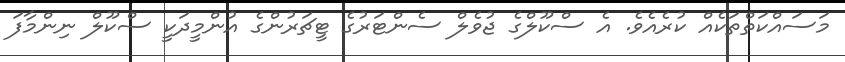
މަސައްކަތްތަކެއް ކުރެއެވެ. އެ ސްކޫލްގެ ޖުވެލް ސެންޓަރުގެ ޓީޗަރުންގެ އުންމީދަކީ ސްކޫލް ނިންމާފަ